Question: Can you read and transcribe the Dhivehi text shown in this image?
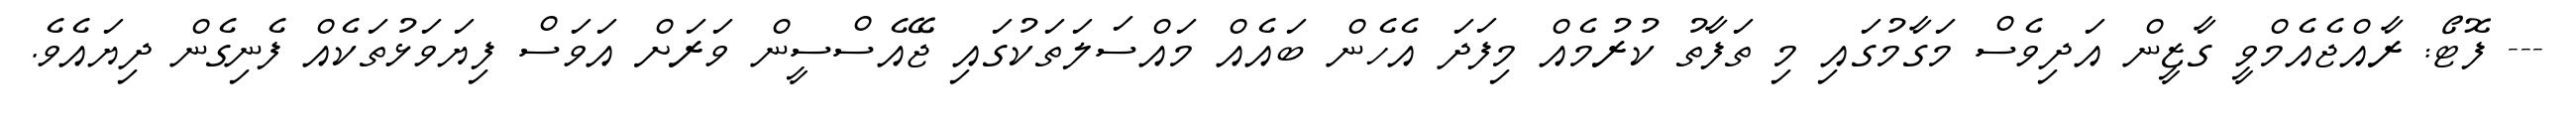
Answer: --- ފޮޓޯ: ރާއްޖެއެމްވީ ގާޒީން އަދިވެސް މަގާމުގައި މި ތަފާތު ކުރުމެއް މިފަދަ އެހެން ބައެއް މައްސަލަތަކުގައި ޖޭއެސްސީން ވަރަށް އަވަސް ފިޔަވަޅުތަކެއް ފެނިގެން ދިޔައެވެ.